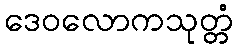
ဒေဝလောကသုတ္တံ